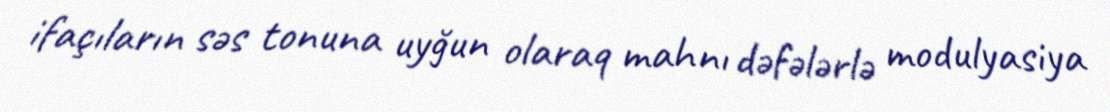
ifaçıların səs tonuna uyğun olaraq mahnı dəfələrlə modulyasiya